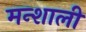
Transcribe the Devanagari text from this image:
मन्शाली